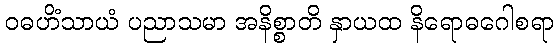
ဝဓဟိံသာယံ ပညာသမာ အနိစ္စာတိ နှာယထ နိရောဓဂေါစရာ